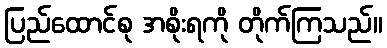
ပြည်ထောင်စု အစိုးရကို တိုက်ကြသည်။